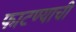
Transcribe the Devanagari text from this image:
फाटण्याची